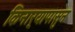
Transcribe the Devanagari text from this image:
किनार्‍यापासुन